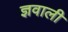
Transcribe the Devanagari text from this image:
ज्ञवाली